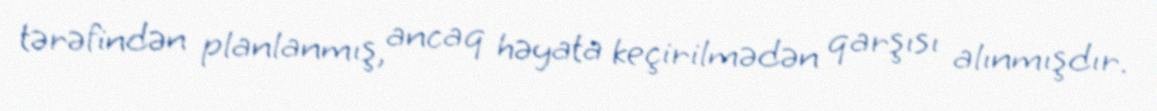
tərəfindən planlanmış, ancaq həyata keçirilmədən qarşısı alınmışdır.